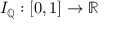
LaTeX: I _ { \mathbb { Q } } : [ 0 , 1 ] \to \mathbb { R }